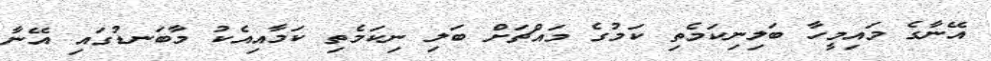
އޭނާގެ މައިމީހާ ބަލިނިކަމެތި ކަމުގެ މައްޗަށް ބަލި ނިކަމެތި ކަމާއިއެކު މާބަނޑުގައި އޭނާ